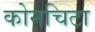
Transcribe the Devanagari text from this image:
कोनचिटा